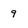
Character: 9